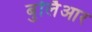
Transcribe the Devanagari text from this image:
बुर्लिआर